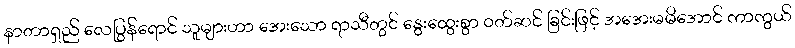
နာတာရှည် လေပြွန်ရောင် သူများဟာ အေးသော ရာသီတွင် နွေးထွေးစွာ ၀တ်ဆင် ခြင်းဖြင့် အအေးမမိအောင် ကာကွယ်